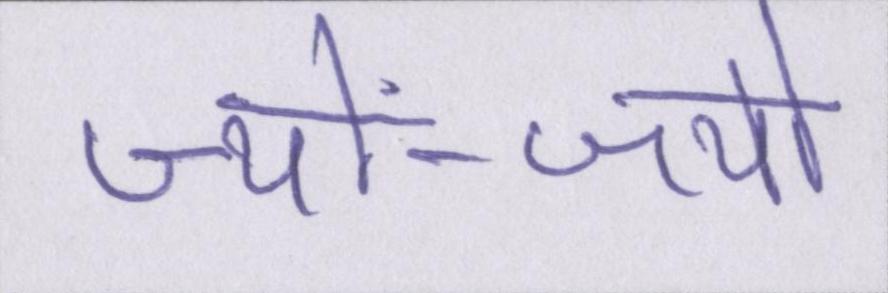
ज्यों-ज्यों